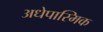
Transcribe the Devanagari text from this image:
अधेपास्मिक